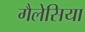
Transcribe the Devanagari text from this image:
गैलेसिया